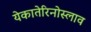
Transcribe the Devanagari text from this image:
येकातेरिनोस्लाव